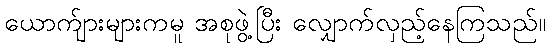
ယောက်ျားများကမူ အစုဖွဲ့ပြီး လျှောက်လှည့်နေကြသည်။